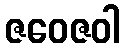
ဇဝေဇဝါ